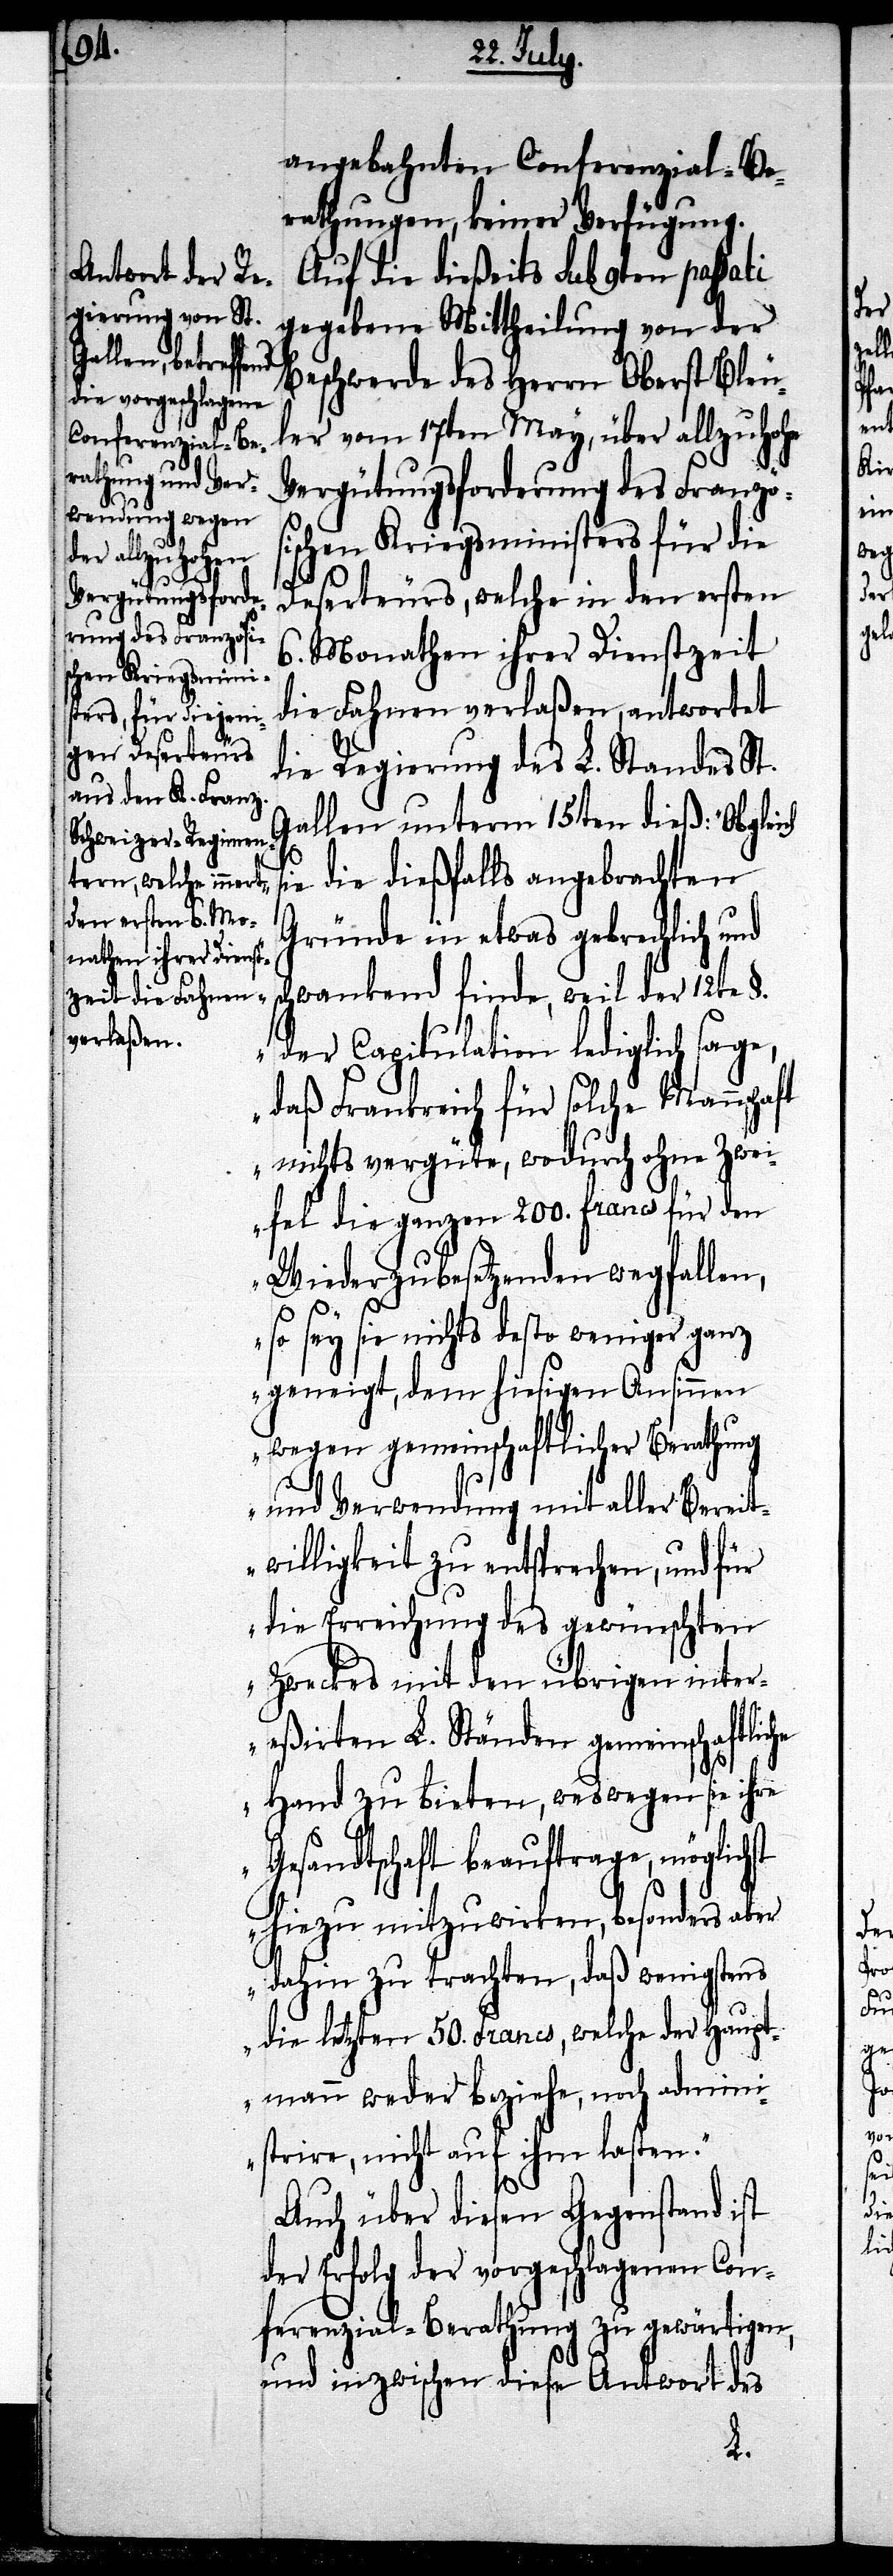
Vergütungsforde¬
rung des Französi¬

angebahnten Conferenzial-Be¬
rathungen, keiner Verfügung.
Auf die dießeits sub 9ten passati
gegebne Mittheilung von der
Beschwerde des Herrn Oberst Bleu¬
ler vom 17ten May, über allzu hohe
schen Kriegsministers für die
Deserteurs, welche in den ersten
6. Monathen ihrer Dienstzeit
die Fahnen verlaßen, antwortet
die Regierung des L. Standes St.
Gallen unterm 15ten dieß: „Obgleich
ie die dießfalls angebrachten
Gründe in etwas gebrechlich und
schwankend finde, weil der 12te §.
der Capitulation lediglich sage,
daß Frankreich für solche Mannscha¬
ft nichts vergüte, wodurch ohne Zwei¬
fel die ganzen 200. francs für den
Wiederzubesetzenden wegfallen,
so sey sie nichts desto weniger ganz
geneigt, dem hiesigen Ansinnen
wegen gemeinschaftlicher Berathung
und Verwendung nicht aller Bereit¬
willigkeit zu entsprechen, und für
die Erreichung des gewünschten
Zweckes mit den übrigen iner¬
eßirten L. Ständen gemeinschaftlic¬
he Hand zu bieten, weswegen sie ihre
Gesandtschaft beauftrage, möglichst
hiezu mitzuwirken, besonders aber
dahin zu trachten, daß wenigstens
die letzten 50. Francs, welche der Haupt¬
mann weder beziehe, noch admini¬
strire, nicht auf ihm lasten.“
Auch über diesen Gegenstand ist
der Erfolg der vorgeschlagenen Con¬
ferenzial-Berathung zu gewärtigen,
und inzwischen diese Antwort des
s¬